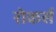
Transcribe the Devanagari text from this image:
रोकर्स